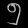
Digit: ၅